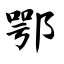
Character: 鄂